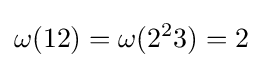
\omega (12)=\omega (2^{2}3)=2